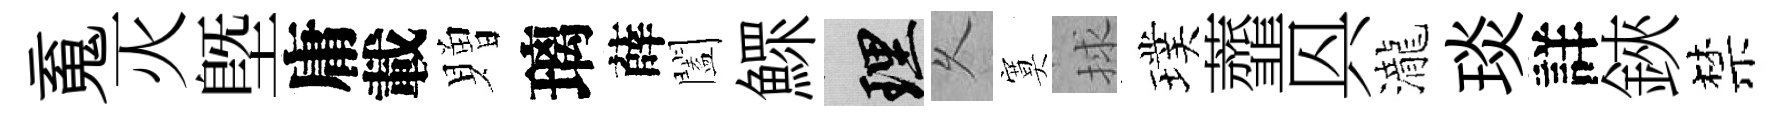
䰟灭塈庸載贈璃薛闔鰥理乆寞捄璞虀㒷瀧琰詳鋏禁